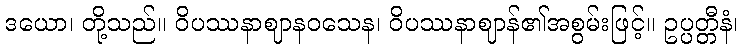
ဒယော၊ တို့သည်။ ဝိပဿနာဈာနဝသေန၊ ဝိပဿနာဈာန်၏အစွမ်းဖြင့်။ ဥပ္ပတ္တီနံ၊